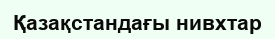
Қазақстандағы нивхтар